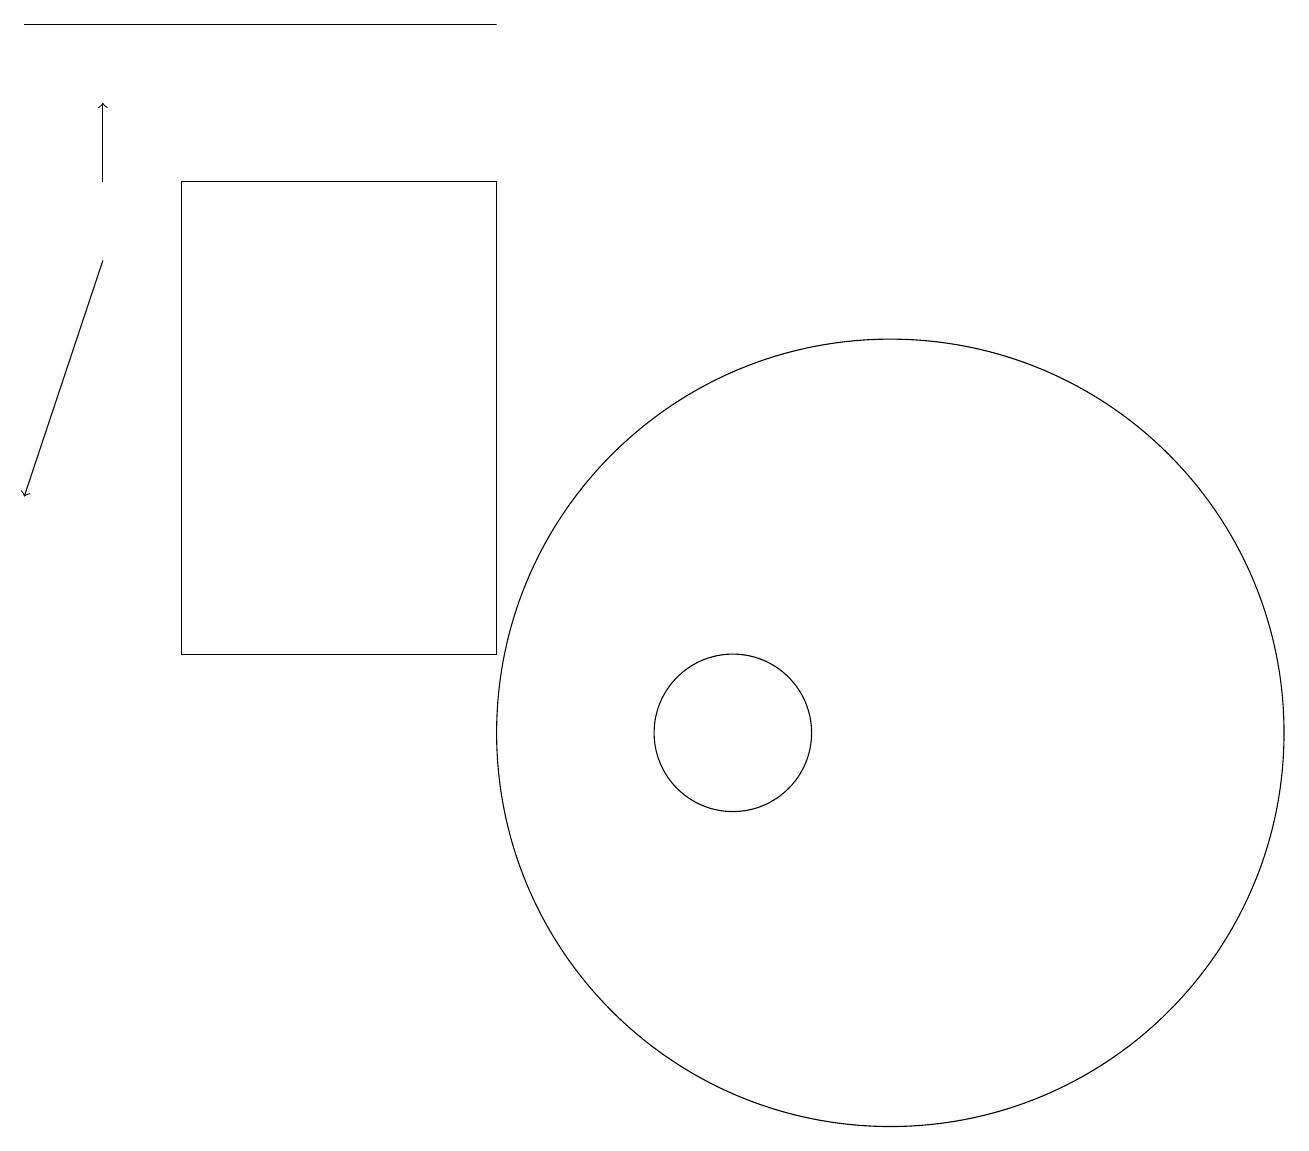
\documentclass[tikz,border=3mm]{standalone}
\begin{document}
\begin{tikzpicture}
\draw[->] (2,16) -- (1,13);
\draw (12,10) circle (5);
\draw (7,19) rectangle (1,19);
\draw (10,10) circle (1);
\draw (7,17) rectangle (3,11);
\draw[->] (2,17) -- (2,18);
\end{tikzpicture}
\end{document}